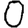
Digit: 0